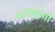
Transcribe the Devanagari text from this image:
ब्लफ्सची